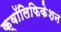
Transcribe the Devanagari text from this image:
क्वॉलिफिकेशन